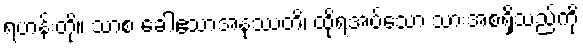
ရဟန်းတို့။ သာစ ခေါဧသာအနုဿတိ၊ ထိုရအပ်သော သားအစရှိသည်ကို